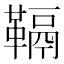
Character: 䩹